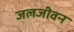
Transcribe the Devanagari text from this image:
जलजीवन